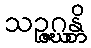
သဉ္ဇဂ္ဃန္တိ